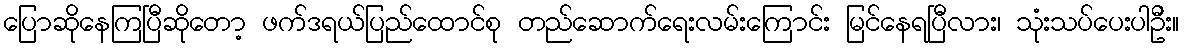
ပြောဆိုနေကြပြီဆိုတော့ ဖက်ဒရယ်ပြည်ထောင်စု တည်ဆောက်ရေးလမ်းကြောင်း မြင်နေရပြီလား၊ သုံးသပ်ပေးပါဦး။